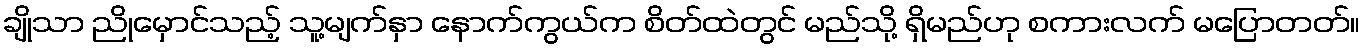
ချိုသာ ညိုမှောင်သည့် သူ့မျက်နှာ နောက်ကွယ်က စိတ်ထဲတွင် မည်သို့ ရှိမည်ဟု စကားလက် မပြောတတ်။